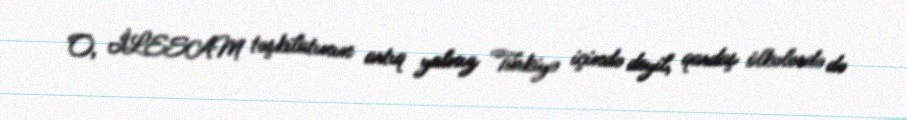
O, İLESAM təşkilatının artıq yalnız Türkiyə içində deyil, qardaş ölkələrdə də